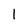
Character: l